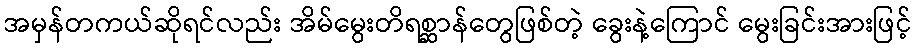
အမှန်တကယ်ဆိုရင်လည်း အိမ်မွေးတိရစ္ဆာန်တွေဖြစ်တဲ့ ခွေးနဲ့ကြောင် မွေးခြင်းအားဖြင့်